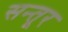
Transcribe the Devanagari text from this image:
सन्तूर